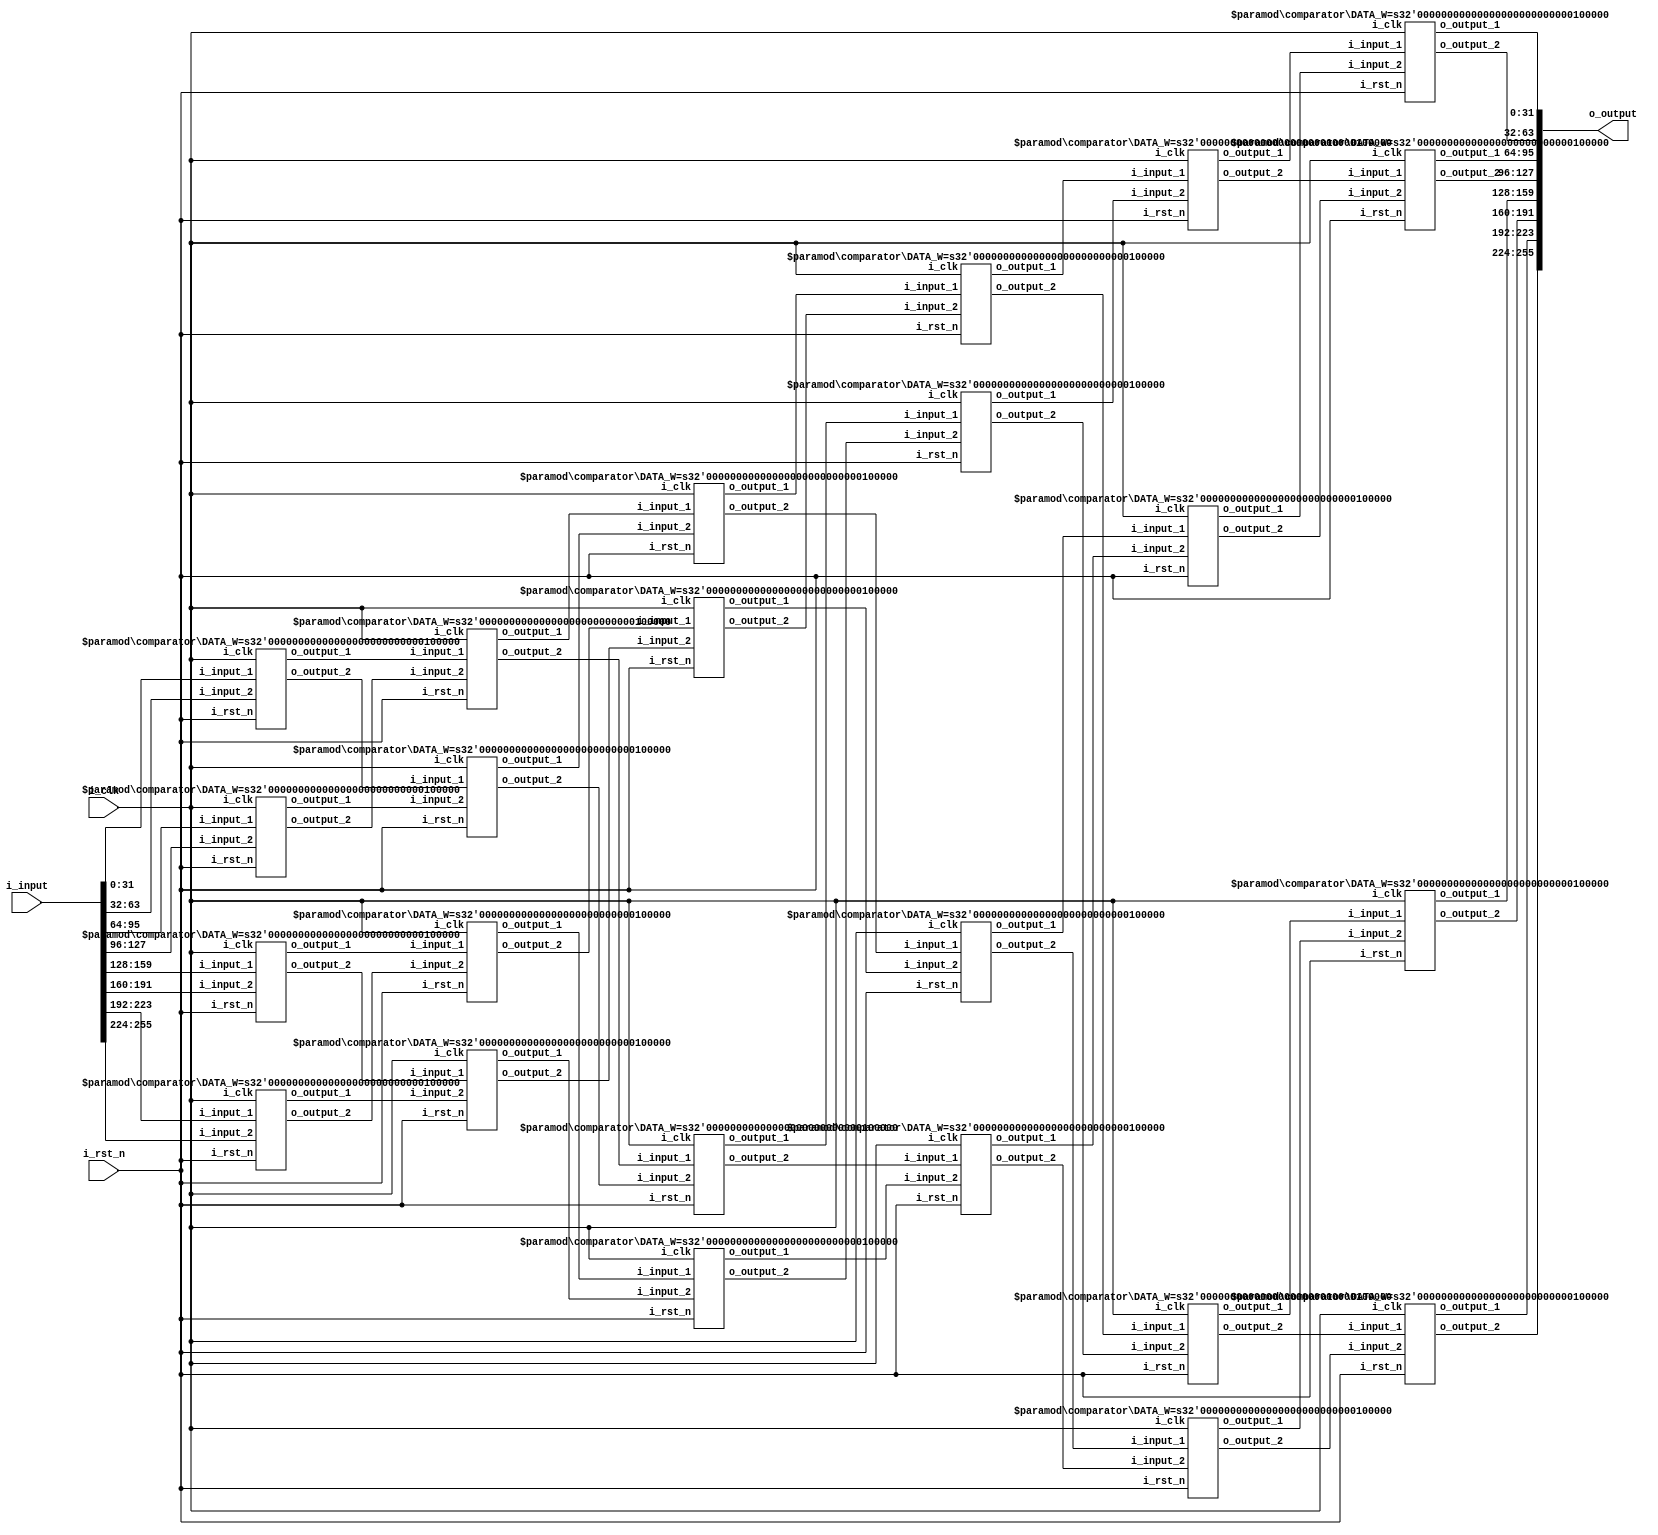
module sort #(
    parameter DATA_W = 32
)(
    input i_clk,
    input i_rst_n,
    input  [DATA_W*8-1:0] i_input,
    output [DATA_W*8-1:0] o_output
);
    
    wire [DATA_W-1:0] i_input_ [0:7];
    wire [DATA_W-1:0] stage_1  [0:7];
    wire [DATA_W-1:0] stage_2  [0:7];
    wire [DATA_W-1:0] stage_3  [0:7];
    wire [DATA_W-1:0] stage_4  [0:7];
    wire [DATA_W-1:0] stage_5  [0:7];
    wire [DATA_W-1:0] stage_6  [0:7];
    
    genvar i;

    for(i = 0; i < 8; i=i+1) begin
        assign i_input_[i] = i_input[(i+1)*DATA_W-1:i*DATA_W]; 
    end
    
    // stage 1
    for(i = 0; i < 4; i=i+1) begin : t1
        if (i % 2 == 0) begin 
            comparator #(
                .DATA_W(DATA_W)
            ) u1 (
                .i_clk(i_clk),
                .i_rst_n(i_rst_n),
                .i_input_1(i_input_[2*i]),
                .i_input_2(i_input_[2*i+1]),
                .o_output_1(stage_1[2*i]),
                .o_output_2(stage_1[2*i+1])
            );
        end else begin
            comparator #(
                .DATA_W(DATA_W)
            ) u1 (
                .i_clk(i_clk),
                .i_rst_n(i_rst_n),
                .i_input_1(i_input_[2*i]),
                .i_input_2(i_input_[2*i+1]),
                .o_output_1(stage_1[2*i+1]),
                .o_output_2(stage_1[2*i])
            );
        end
    end

    // stage 2
    for(i = 0; i < 2; i=i+1) begin : t2
        comparator #(
            .DATA_W(DATA_W)
        ) u2 (
            .i_clk(i_clk),
            .i_rst_n(i_rst_n),
            .i_input_1(stage_1[i]),
            .i_input_2(stage_1[i+2]),
            .o_output_1(stage_2[i]),
            .o_output_2(stage_2[i+2])
        );
    end
    for(i = 4; i < 6; i=i+1) begin : t3
        comparator #(
            .DATA_W(DATA_W)
        ) u2 (
            .i_clk(i_clk),
            .i_rst_n(i_rst_n),
            .i_input_1(stage_1[i]),
            .i_input_2(stage_1[i+2]),
            .o_output_1(stage_2[i+2]),
            .o_output_2(stage_2[i])
        );
    end

    // stage 3
    for(i = 0; i < 2; i=i+1) begin : t4
        comparator #(
            .DATA_W(DATA_W)
        ) u3 (
            .i_clk(i_clk),
            .i_rst_n(i_rst_n),
            .i_input_1(stage_2[2*i]),
            .i_input_2(stage_2[2*i+1]),
            .o_output_1(stage_3[2*i]),
            .o_output_2(stage_3[2*i+1])
        );
    end
    for(i = 0; i < 2; i=i+1) begin : t5
        comparator #(
            .DATA_W(DATA_W)
        ) u3 (
            .i_clk(i_clk),
            .i_rst_n(i_rst_n),
            .i_input_1(stage_2[4+2*i]),
            .i_input_2(stage_2[4+2*i+1]),
            .o_output_1(stage_3[4+2*i+1]),
            .o_output_2(stage_3[4+2*i])
        );
    end

    // stage 4
    for(i = 0; i < 4; i=i+1) begin : t6
        comparator #(
            .DATA_W(DATA_W)
        ) u4 (
            .i_clk(i_clk),
            .i_rst_n(i_rst_n),
            .i_input_1(stage_3[i]),
            .i_input_2(stage_3[i+4]),
            .o_output_1(stage_4[i]),
            .o_output_2(stage_4[i+4])
        );
    end

    // stage 5
    for(i = 0; i < 2; i=i+1) begin : t7
        comparator #(
            .DATA_W(DATA_W)
        ) u5 (
            .i_clk(i_clk),
            .i_rst_n(i_rst_n),
            .i_input_1(stage_4[i]),
            .i_input_2(stage_4[i+2]),
            .o_output_1(stage_5[i]),
            .o_output_2(stage_5[i+2])
        );
    end
    for(i = 4; i < 6; i=i+1) begin : t8
        comparator #(
            .DATA_W(DATA_W)
        ) u5 (
            .i_clk(i_clk),
            .i_rst_n(i_rst_n),
            .i_input_1(stage_4[i]),
            .i_input_2(stage_4[i+2]),
            .o_output_1(stage_5[i]),
            .o_output_2(stage_5[i+2])
        );
    end

    // stage 6
    for(i = 0; i < 8; i=i+2) begin : t9
        comparator #(
            .DATA_W(DATA_W)
        ) u6 (
            .i_clk(i_clk),
            .i_rst_n(i_rst_n),
            .i_input_1(stage_5[i]),
            .i_input_2(stage_5[i+1]),
            .o_output_1(stage_6[i]),
            .o_output_2(stage_6[i+1])
        );
    end
    
    for(i = 0; i < 8; i=i+1)
        assign o_output[(i+1)*DATA_W-1:i*DATA_W] = stage_6[i]; 

endmodule


module comparator #(
    parameter DATA_W = 32
)(
    input               i_clk,
    input               i_rst_n,
    input  [DATA_W-1:0] i_input_1,
    input  [DATA_W-1:0] i_input_2,
    output [DATA_W-1:0] o_output_1,
    output [DATA_W-1:0] o_output_2
);

    reg [DATA_W-1:0] o_output_1_r, o_output_2_r;
    reg [DATA_W-1:0] o_output_1_w, o_output_2_w;

    assign o_output_1 = o_output_1_r;
    assign o_output_2 = o_output_2_r;

    always @(*) begin
        if (i_input_1 > i_input_2) begin
            o_output_1_w = i_input_2;
            o_output_2_w = i_input_1;
        end else begin
            o_output_1_w = i_input_1;
            o_output_2_w = i_input_2;
        end
    end

    always @(posedge i_clk or negedge i_rst_n) begin
        if (~i_rst_n) begin
            o_output_1_r <= 0;
            o_output_2_r <= 0;
        end else begin
            o_output_1_r <= o_output_1_w;
            o_output_2_r <= o_output_2_w;
        end
    end

endmodule